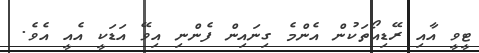
ޓީވީ އާއި ރޭޑިއޯތަކުން އެންމެ ގިނައިން ފެންނި އިވޭ އަޑަކީ އެއީ އެވެ.